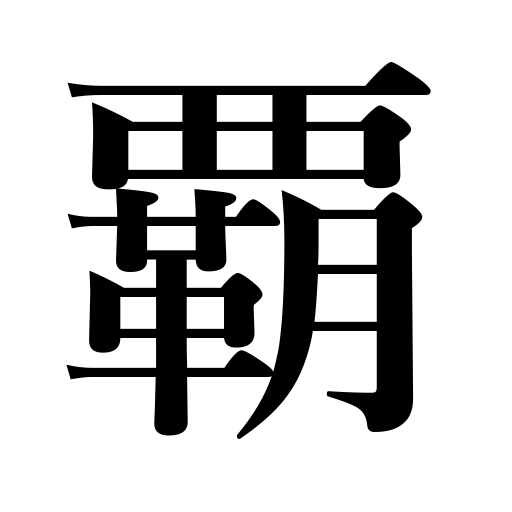
Meanings: supreme ruler,supremacy,champion,leadership,domination,hegemony